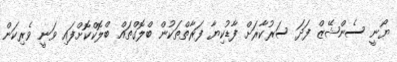
ޔޯނީ ސެންޝޭޒް ފަދަ ސަރުކާރަށް ފާޑުކިޔާ ފަރާތްތަކުން ބްލޮގްތައް ބްލޮކްކޮށްފައި ވަނީ ވެރިކަން